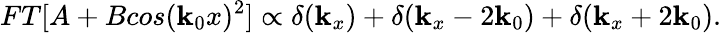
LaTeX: FT[A+Bcos(\mathbf{k}_{0}x)^{2}]\propto\delta(\mathbf{k}_{x})+\delta(\mathbf{k}_{x}-2\mathbf{k}_{0})+\delta(\mathbf{k}_{x}+2\mathbf{k}_{0}).